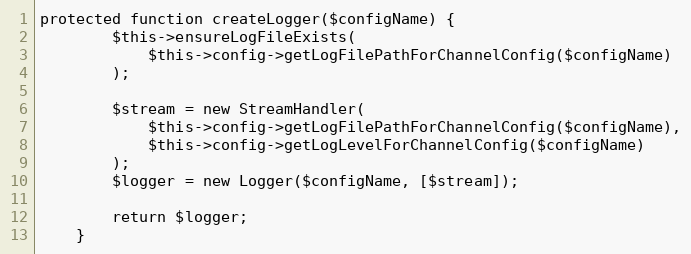
Language: PHP
protected function createLogger($configName) {
        $this->ensureLogFileExists(
            $this->config->getLogFilePathForChannelConfig($configName)
        );

        $stream = new StreamHandler(
            $this->config->getLogFilePathForChannelConfig($configName),
            $this->config->getLogLevelForChannelConfig($configName)
        );
        $logger = new Logger($configName, [$stream]);

        return $logger;
    }